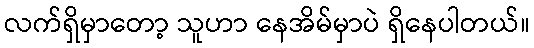
လက်ရှိမှာတော့ သူဟာ နေအိမ်မှာပဲ ရှိနေပါတယ်။